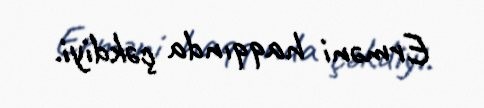
Erməni haqqında çəkdiyi.